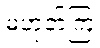
မဟုတ်ကြ